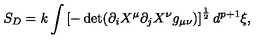
S _ { D } = k \int \left[ - \det ( \partial _ { i } X ^ { \mu } \partial _ { j } X ^ { \nu } g _ { \mu \nu } ) \right] ^ { \frac { 1 } { 2 } } d ^ { p + 1 } { \xi } ,